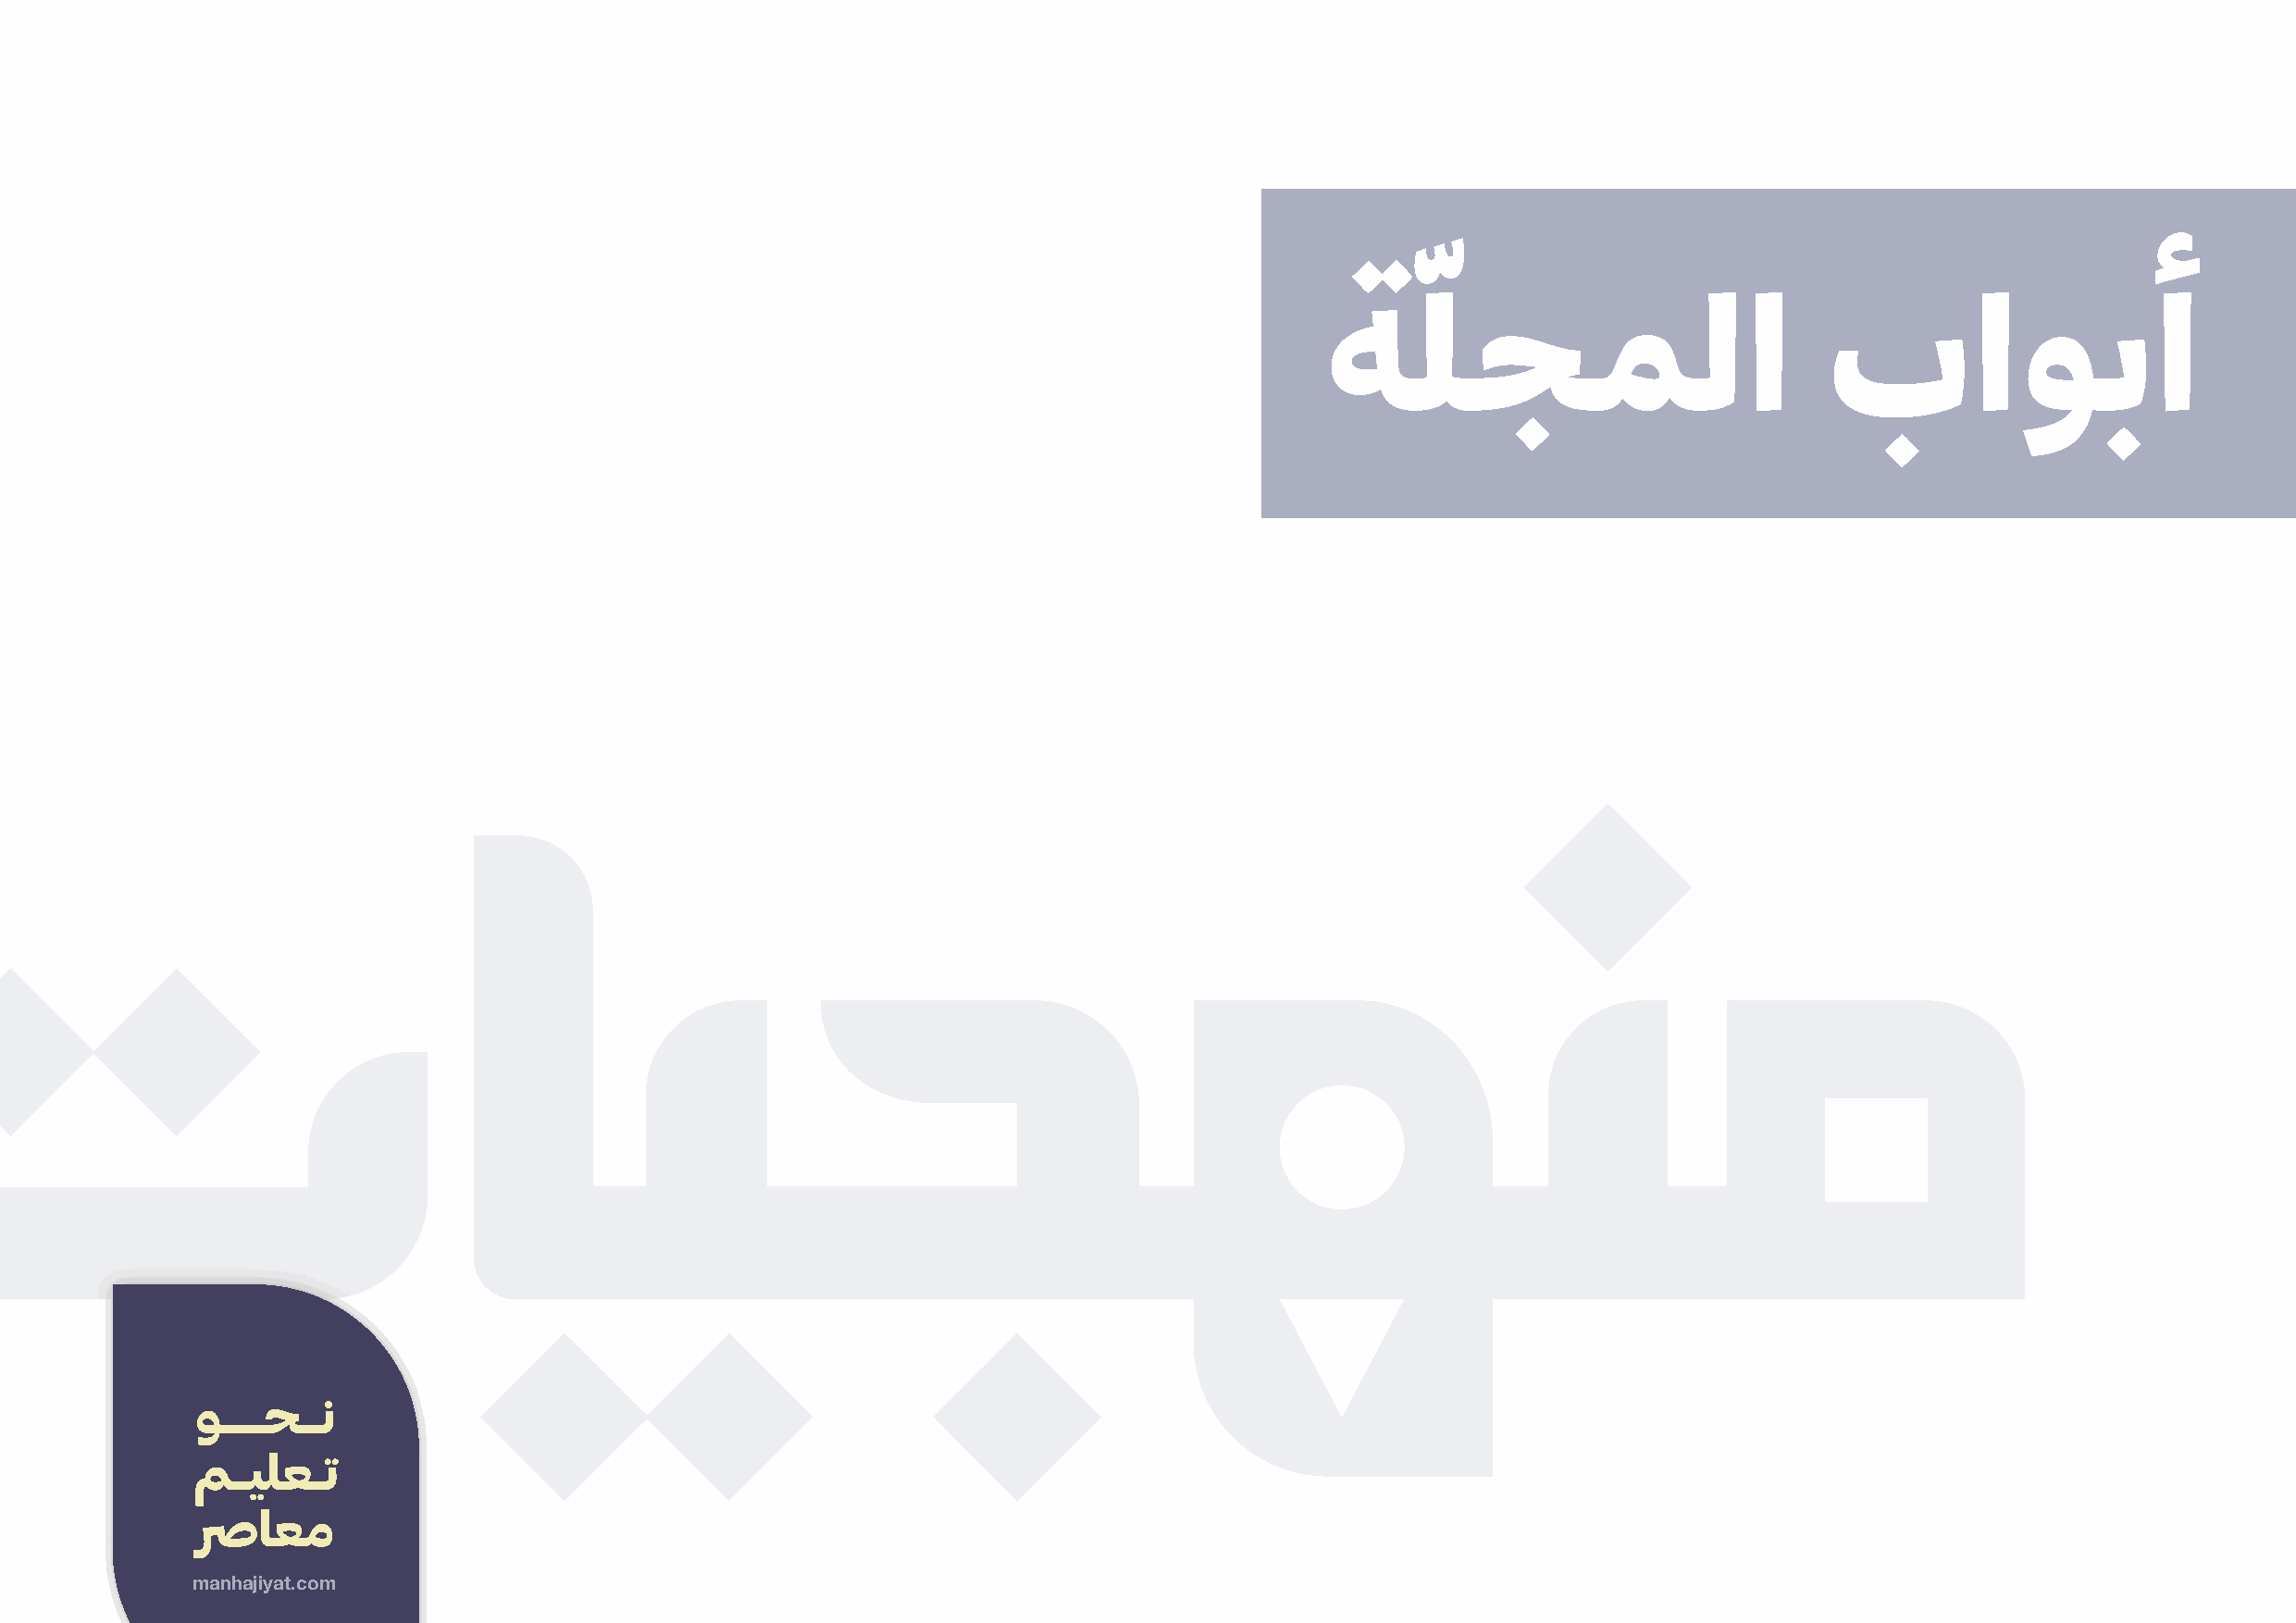
ّ
 ﺔﻠﺠﻤﻟا                              باﻮﺑأ
 manhajiyat.com